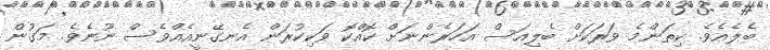
ބެލެއެވެ. ކިތަންމެ ވަރަކަށް ބެލިއަސް އަހަރެންނަށް ކޮއްކޮ ވަކިކުރަން އެނގޭނީއެއްވެސް ނޫނެވެ. މަގުން